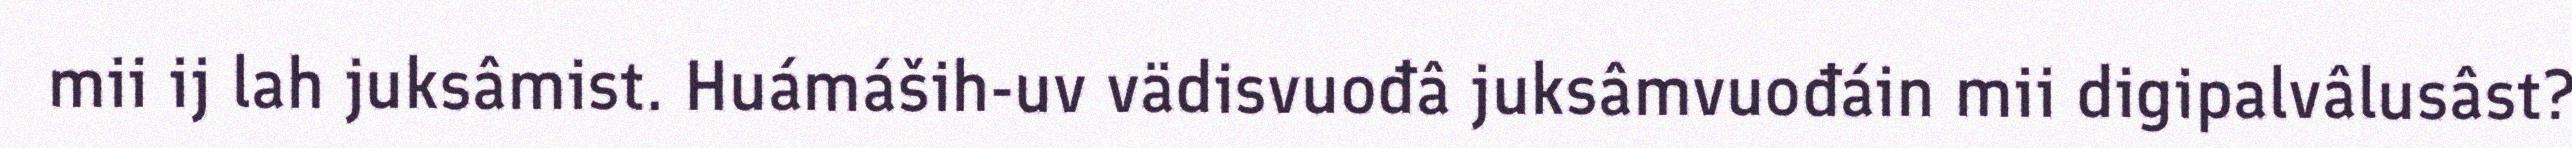
mii ij lah juksâmist. Huámáših-uv vädisvuođâ juksâmvuođáin mii digipalvâlusâst?